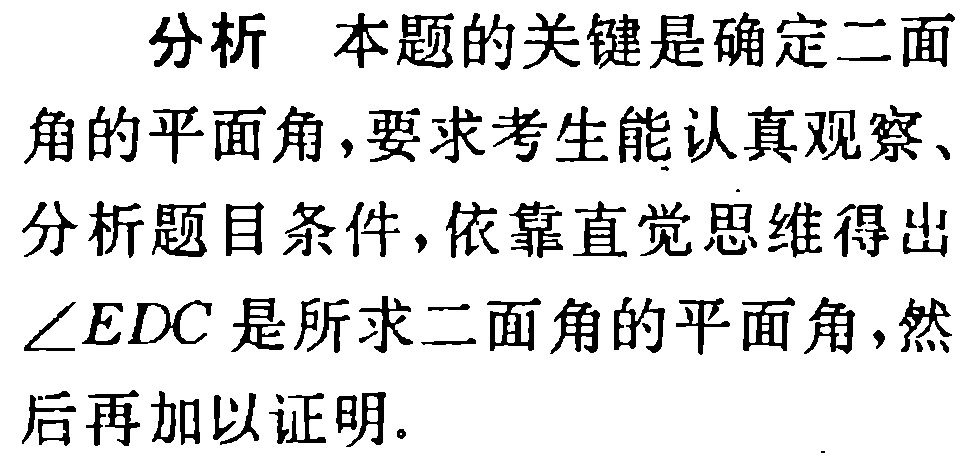
分析 本题的关键是确定二面

角的平面角，要求考生能认真观察、

分析题目条件，依靠直觉思维得出

$\angle EDC$是所求二面角的平面角，然

后再加以证明.